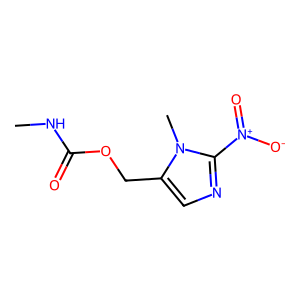
SMILES: CNC(=O)OCc1cnc([N+](=O)[O-])n1C
Inhibits HIV replication: No